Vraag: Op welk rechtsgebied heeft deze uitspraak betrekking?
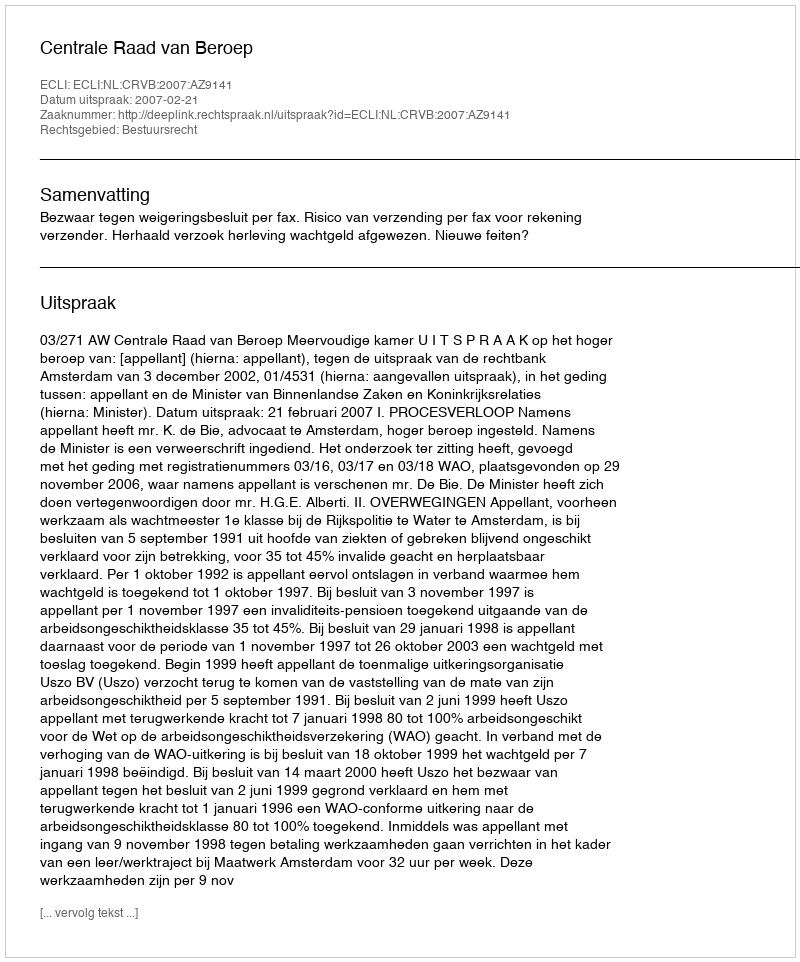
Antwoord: Bestuursrecht